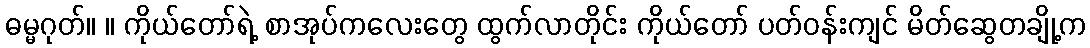
ဓမ္မဂုတ်။ ။ ကိုယ်တော်ရဲ့ စာအုပ်ကလေးတွေ ထွက်လာတိုင်း ကိုယ်တော် ပတ်ဝန်းကျင် မိတ်ဆွေတချို့က